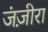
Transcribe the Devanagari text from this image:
जंज़ीरा